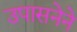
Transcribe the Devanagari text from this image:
उपासनेने